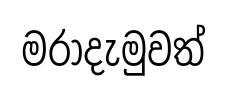
මරාදැමුවත්